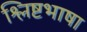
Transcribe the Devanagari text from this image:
श्लिष्टभाषा